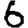
Digit: 6